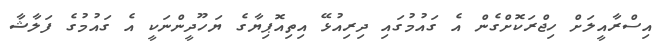
އިސްރާއީލަށް ހިޖްރަކޮށްގެން އެ ގައުމުގައި ދިރިއުޅޭ އިތިއޮޕިޔާގެ ޔަހޫދީންނަކީ އެ ގައުމުގެ ފަލާޝާ